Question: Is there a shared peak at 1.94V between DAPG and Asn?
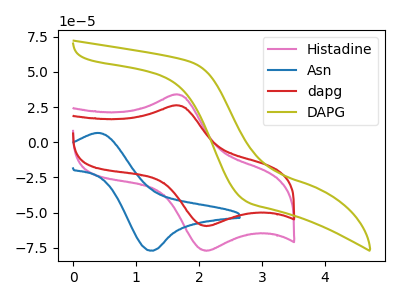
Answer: <think>The pink curve "Histadine" has an anodic peak at (1.60V, 33.90uA) and a cathodic peak at (2.10V, -77.10uA). The blue curve "Asn" has an anodic peak at (0.40V, 6.65uA) and a cathodic peak at (1.25V, -77.10uA). The red curve "dapg" has an anodic peak at (1.60V, 26.20uA) and a cathodic peak at (2.10V, -59.55uA). The olive curve "DAPG" has no peaks.</think>
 <answer>No, "DAPG" and "Asn" dont share a peak at 1.94V.</answer>
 <eval>mismatch</eval>